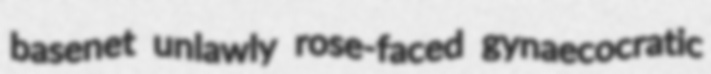
basenet unlawly rose-faced gynaecocratic